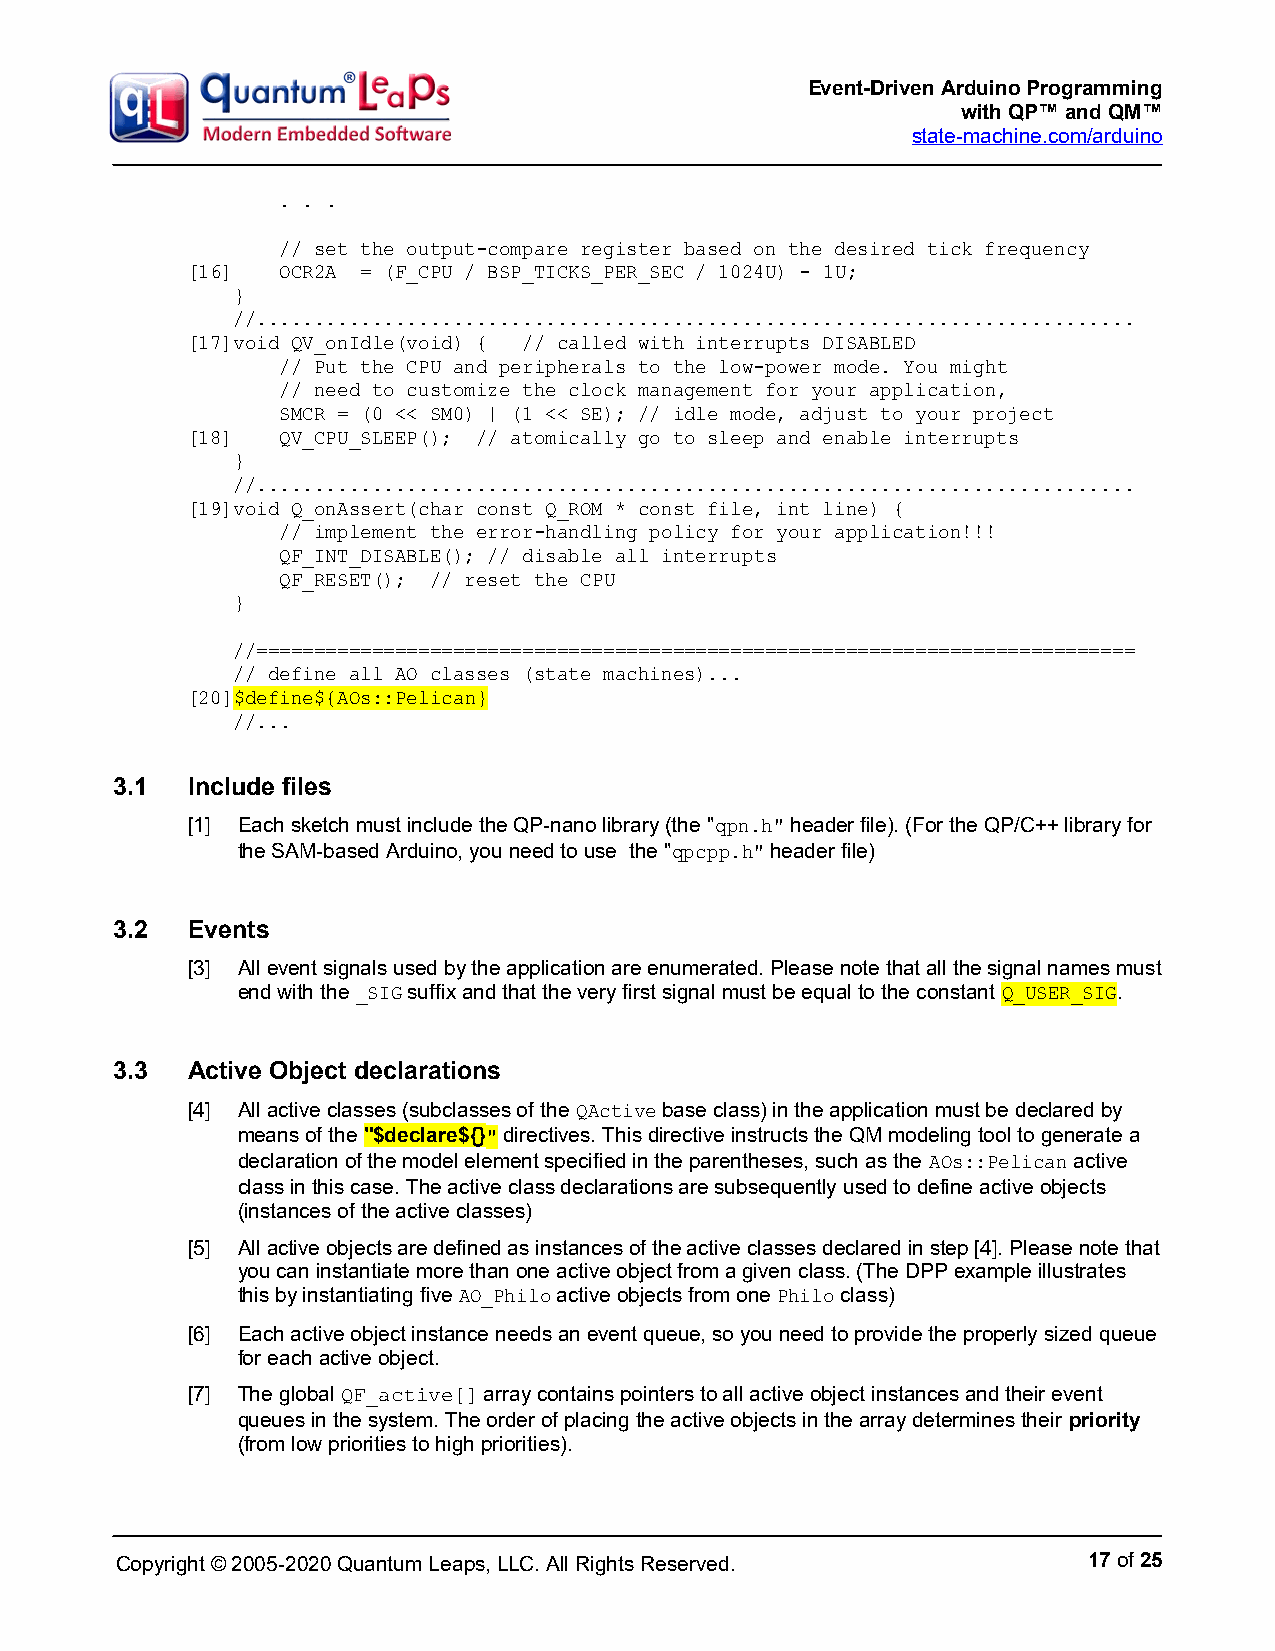
Event-Driven Arduino Programming
 with QP™ and QM™
 state-machine.com/arduino
 . . .
 // set the output-compare register based on the desired tick frequency
 [16]   OCR2A = (F_CPU / BSP_TICKS_PER_SEC / 1024U) - 1U;
 }
 //............................................................................
 [17]void QV_onIdle(void) { // called with interrupts DISABLED
 // Put the CPU and peripherals to the low-power mode. You might
 // need to customize the clock management for your application,
 SMCR = (0 << SM0) | (1 << SE); // idle mode, adjust to your project
 [18]   QV_CPU_SLEEP(); // atomically go to sleep and enable interrupts
 }
 //............................................................................
 [19]void Q_onAssert(char const Q_ROM * const file, int line) {
 // implement the error-handling policy for your application!!!
 QF_INT_DISABLE(); // disable all interrupts
 QF_RESET(); // reset the CPU
 }
 //============================================================================
 // define all AO classes (state machines)...
 [20]$define${AOs::Pelican}
 //...
 3.1  Include files
 [1] Each sketch must include the QP-nano library (the "qpn.h" header file). (For the QP/C++ library for
 the SAM-based Arduino, you need to use the "qpcpp.h" header file)
 3.2  Events
 [3] All event signals used by the application are enumerated. Please note that all the signal names must
 end with the _SIG suffix and that the very first signal must be equal to the constant Q_USER_SIG.
 3.3  Active Object declarations
 [4] All active classes (subclasses of the QActive base class) in the application must be declared by
 means of the "$declare${}" directives. This directive instructs the QM modeling tool to generate a
 declaration of the model element specified in the parentheses, such as the AOs::Pelican active
 class in this case. The active class declarations are subsequently used to define active objects
 (instances of the active classes)
 [5] All active objects are defined as instances of the active classes declared in step [4]. Please note that
 you can instantiate more than one active object from a given class. (The DPP example illustrates
 this by instantiating five AO_Philo active objects from one Philo class)
 [6] Each active object instance needs an event queue, so you need to provide the properly sized queue
 for each active object.
 [7] The global QF_active[] array contains pointers to all active object instances and their event
 queues in the system. The order of placing the active objects in the array determines their priority
 (from low priorities to high priorities).
 Copyright © 2005-2020 Quantum Leaps, LLC. All Rights Reserved.  17 of 25